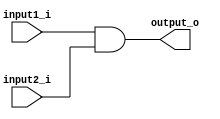
module AndGate(
    input1_i,
    input2_i,
    output_o,
);
    input input1_i;
    input input2_i;
    output output_o;
    assign output_o = input1_i & input2_i;

endmodule